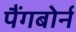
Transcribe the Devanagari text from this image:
पैंगबोर्न